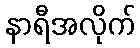
နာရီအလိုက်